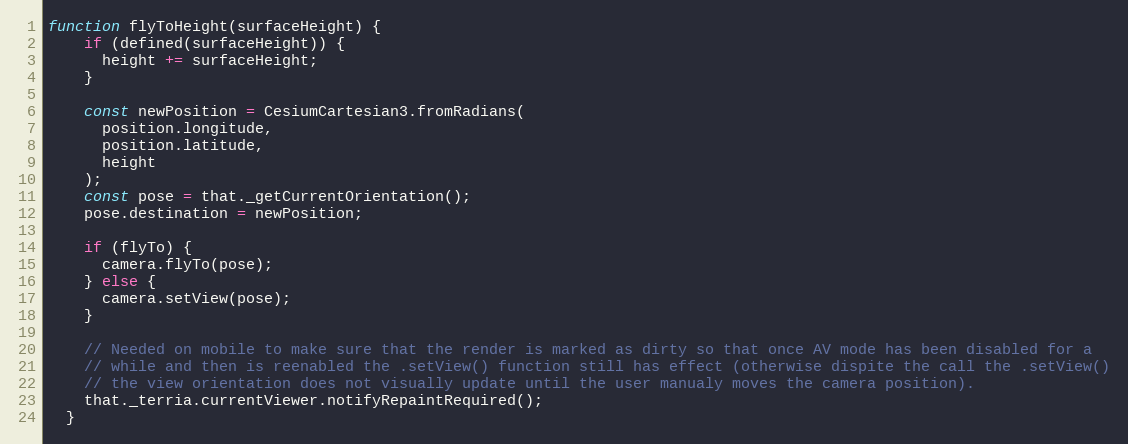
Language: JavaScript
function flyToHeight(surfaceHeight) {
    if (defined(surfaceHeight)) {
      height += surfaceHeight;
    }

    const newPosition = CesiumCartesian3.fromRadians(
      position.longitude,
      position.latitude,
      height
    );
    const pose = that._getCurrentOrientation();
    pose.destination = newPosition;

    if (flyTo) {
      camera.flyTo(pose);
    } else {
      camera.setView(pose);
    }

    // Needed on mobile to make sure that the render is marked as dirty so that once AV mode has been disabled for a
    // while and then is reenabled the .setView() function still has effect (otherwise dispite the call the .setView()
    // the view orientation does not visually update until the user manualy moves the camera position).
    that._terria.currentViewer.notifyRepaintRequired();
  }